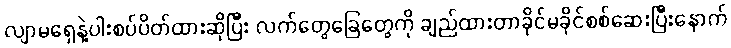
လျာမရှေနဲ့ပါးစပ်ပိတ်ထားဆိုပြီး လက်တွေခြေတွေကို ချည်ထားတာခိုင်မခိုင်စစ်ဆေးပြီးနောက်